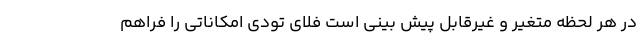
در هر لحظه متغیر و غیرقابل پیش بینی است فلای تودی امکاناتی را فراهم